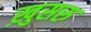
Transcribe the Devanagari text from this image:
ख़ुसरु